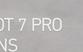
Signature authenticity: forged